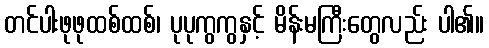
တင်ပါးဖုဖုထစ်ထစ်၊ ပုပုကွကွနှင့် မိန်းမကြီးတွေလည်း ပါ၏။